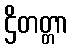
ဌိတတ္တာ